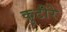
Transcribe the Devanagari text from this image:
कुटीरे